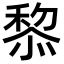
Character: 𥠖